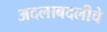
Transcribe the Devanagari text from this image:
अदलाबदलीचे